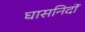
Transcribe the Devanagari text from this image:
घासनिदों